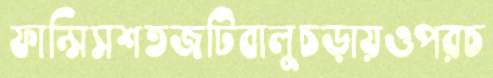
ফান্সিসশতজটিবালুচড়ায়ওপরচ